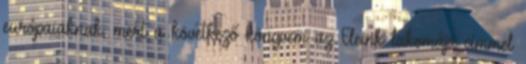
európaiaknak, mert a következő könyvem az Eleink lakomája címmel